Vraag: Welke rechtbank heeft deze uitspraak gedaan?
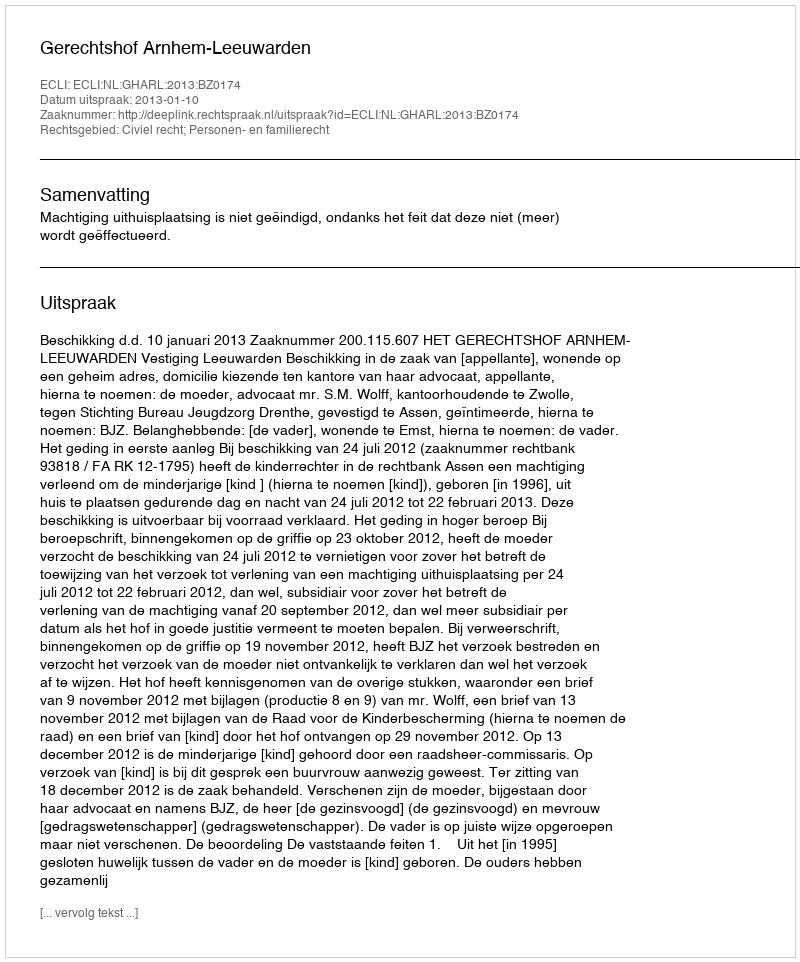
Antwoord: Gerechtshof Arnhem-Leeuwarden